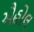
ઐહોલ